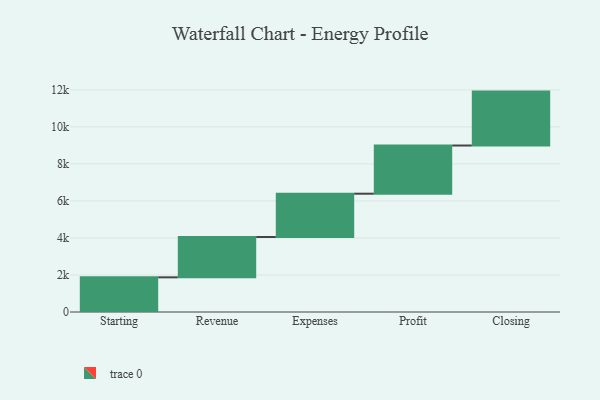
{"axis": {"x": "Step", "y": "Value"}, "legend": [""], "data": [{"x": "Starting", "y": 1873.0, "type": ""}, {"x": "Revenue", "y": 2179.0, "type": ""}, {"x": "Expenses", "y": 2339.0, "type": ""}, {"x": "Profit", "y": 2603.0, "type": ""}, {"x": "Closing", "y": 2913.0, "type": ""}]}